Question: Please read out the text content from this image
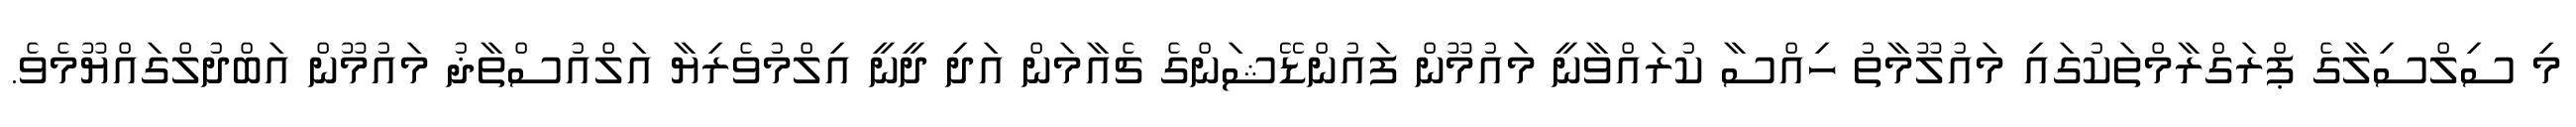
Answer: މި ސިލްސިލާގެ ޕްރަގްރާމްތަކުގައި މައުލޫމާތު ހިއްސާ ކުރައްވާނީ މައުމޫން ފައުންޑޭޝަންގެ ޗެއާމަން އަދި ދީނީ އިލްމުވެރިޔާ އަލްއުސްތާޛު މައުމޫން އަބްދުލްގައްޔޫމެވެ.